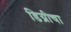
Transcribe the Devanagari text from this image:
डिग्रीचा